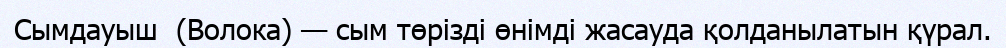
Сымдауыш  (Волока) — сым төрізді өнімді жасауда қолданылатын қүрал.